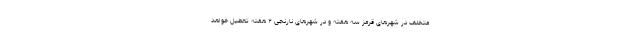
متخلف در شهرهای قرمز سه هفته و در شهرهای نارنجی ۲ هفته تعطیل خواهد